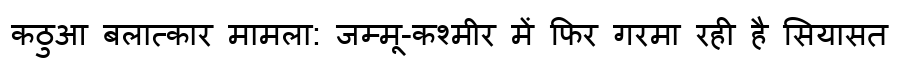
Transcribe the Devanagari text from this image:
कठुआ बलात्कार मामला: जम्मू-कश्मीर में फिर गरमा रही है सियासत